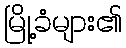
မြို့ခံများ၏